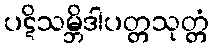
ပဋိသမ္ဘိဒါပတ္တသုတ္တံ